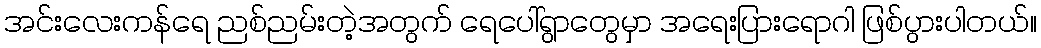
အင်းလေးကန်ရေ ညစ်ညမ်းတဲ့အတွက် ရေပေါ်ရွာတွေမှာ အရေးပြားရောဂါ ဖြစ်ပွားပါတယ်။